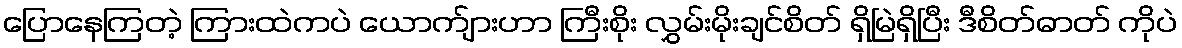
ပြောနေကြတဲ့ ကြားထဲကပဲ ယောက်ျားဟာ ကြီးစိုး လွှမ်းမိုးချင်စိတ် ရှိမြဲရှိပြီး ဒီစိတ်ဓာတ် ကိုပဲ